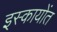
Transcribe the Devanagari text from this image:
इस्कायोंत